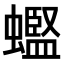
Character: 𫋟